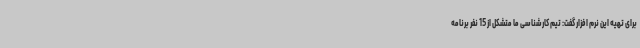
برای تهیه این نرم افزار گفت: تیم کارشناسی ما متشکل از 15 نفر برنامه